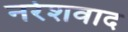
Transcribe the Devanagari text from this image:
नरेशवाद